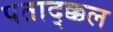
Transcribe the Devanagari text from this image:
पताद्क्कल